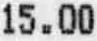
15.00